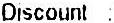
DISCOUNT :